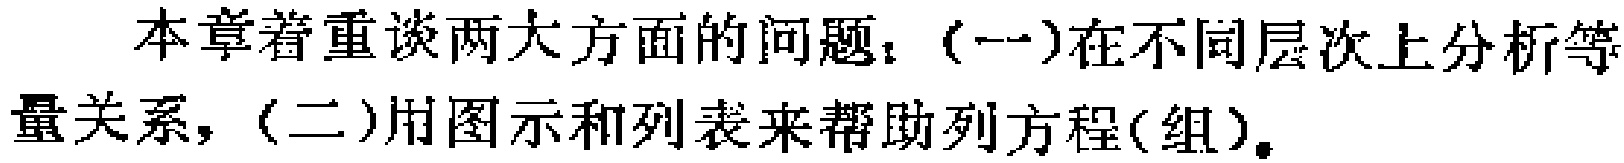
本章着重谈两大方面的问题：（一）在不同层次上分析等量关系，（二）用图示和列表来帮助列方程(组)。